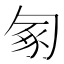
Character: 𠣥